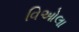
વિઓલા